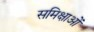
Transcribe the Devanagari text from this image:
समिक्षाओं